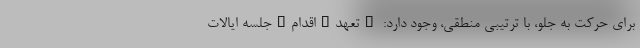
برای حرکت به جلو، با ترتیبی منطقی، وجود دارد: #تعهد_اقدام_جلسه ایالات